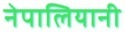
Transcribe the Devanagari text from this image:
नेपालियानी